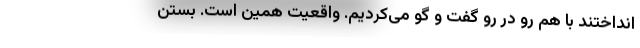
‌انداختند با هم رو در رو گفت و گو می‌کردیم. واقعیت همین است. بستن